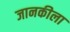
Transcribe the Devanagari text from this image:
जानकीला